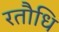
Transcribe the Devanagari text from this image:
रतौधि